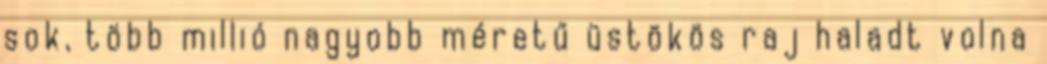
sok, több millió nagyobb méretű üstökös raj haladt volna